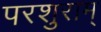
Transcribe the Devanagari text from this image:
परशुराम्